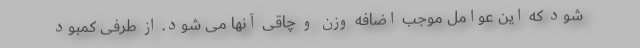
شود که این عوامل موجب اضافه وزن و چاقی آنها می شود. از طرفی کمبود